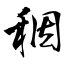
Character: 秵